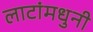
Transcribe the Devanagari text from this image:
लाटांमधुनी